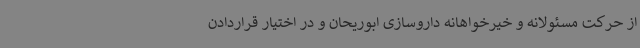
از حرکت مسئولانه و خیرخواهانه داروسازی ابوریحان و در اختیار قراردادن